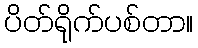
ပိတ်ရိုက်ပစ်တာ။